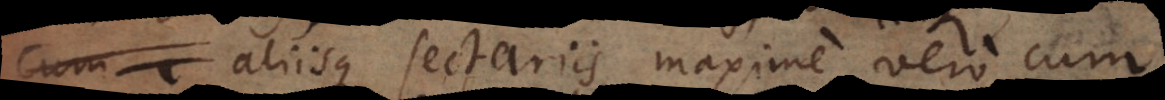
aliisque sectariis, maxime vero cum